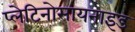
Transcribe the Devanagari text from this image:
प्लेटिनोसायनाइड